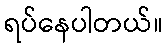
ရပ်နေပါတယ်။